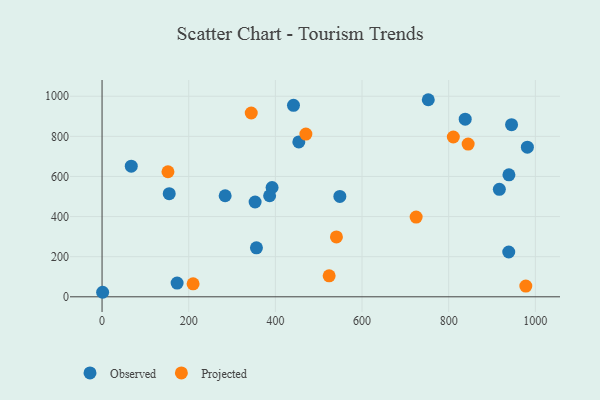
{"axis": {"x": "Price", "y": "Salary"}, "legend": ["Observed", "Projected"], "data": [{"x": "284.1", "y": 503.8, "type": "Observed"}, {"x": "392.4", "y": 545.0, "type": "Observed"}, {"x": "441.8", "y": 954.5, "type": "Observed"}, {"x": "752.9", "y": 982.6, "type": "Observed"}, {"x": "939.0", "y": 608.2, "type": "Observed"}, {"x": "173.2", "y": 68.6, "type": "Observed"}, {"x": "938.6", "y": 223.3, "type": "Observed"}, {"x": "356.3", "y": 244.4, "type": "Observed"}, {"x": "155.0", "y": 514.0, "type": "Observed"}, {"x": "916.9", "y": 535.7, "type": "Observed"}, {"x": "548.8", "y": 500.3, "type": "Observed"}, {"x": "386.7", "y": 503.8, "type": "Observed"}, {"x": "454.1", "y": 772.2, "type": "Observed"}, {"x": "838.1", "y": 885.8, "type": "Observed"}, {"x": "945.1", "y": 858.4, "type": "Observed"}, {"x": "353.2", "y": 472.6, "type": "Observed"}, {"x": "1.3", "y": 22.6, "type": "Observed"}, {"x": "67.4", "y": 651.5, "type": "Observed"}, {"x": "981.6", "y": 746.1, "type": "Observed"}, {"x": "524.1", "y": 104.8, "type": "Projected"}, {"x": "152.1", "y": 623.4, "type": "Projected"}, {"x": "210.1", "y": 64.6, "type": "Projected"}, {"x": "540.9", "y": 298.4, "type": "Projected"}, {"x": "724.9", "y": 397.4, "type": "Projected"}, {"x": "344.3", "y": 916.5, "type": "Projected"}, {"x": "844.9", "y": 761.4, "type": "Projected"}, {"x": "978.0", "y": 53.4, "type": "Projected"}, {"x": "470.4", "y": 811.3, "type": "Projected"}, {"x": "810.7", "y": 796.8, "type": "Projected"}]}